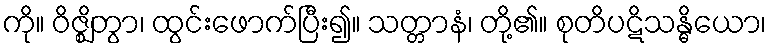
ကို။ ဝိဇ္ဈိတွာ၊ ထွင်းဖောက်ပြီး၍။ သတ္တာနံ၊ တို့၏။ စုတိပဋိသန္ဓိယော၊